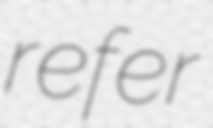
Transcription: refer